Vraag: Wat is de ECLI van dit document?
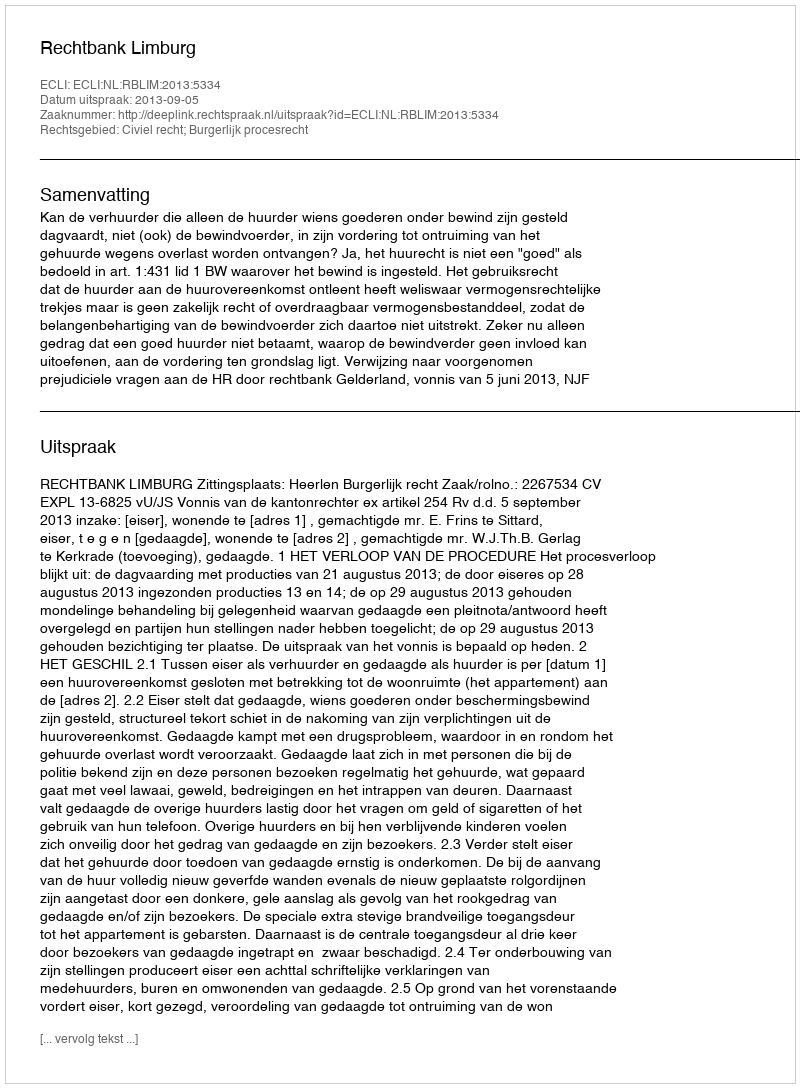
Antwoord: ECLI:NL:RBLIM:2013:5334